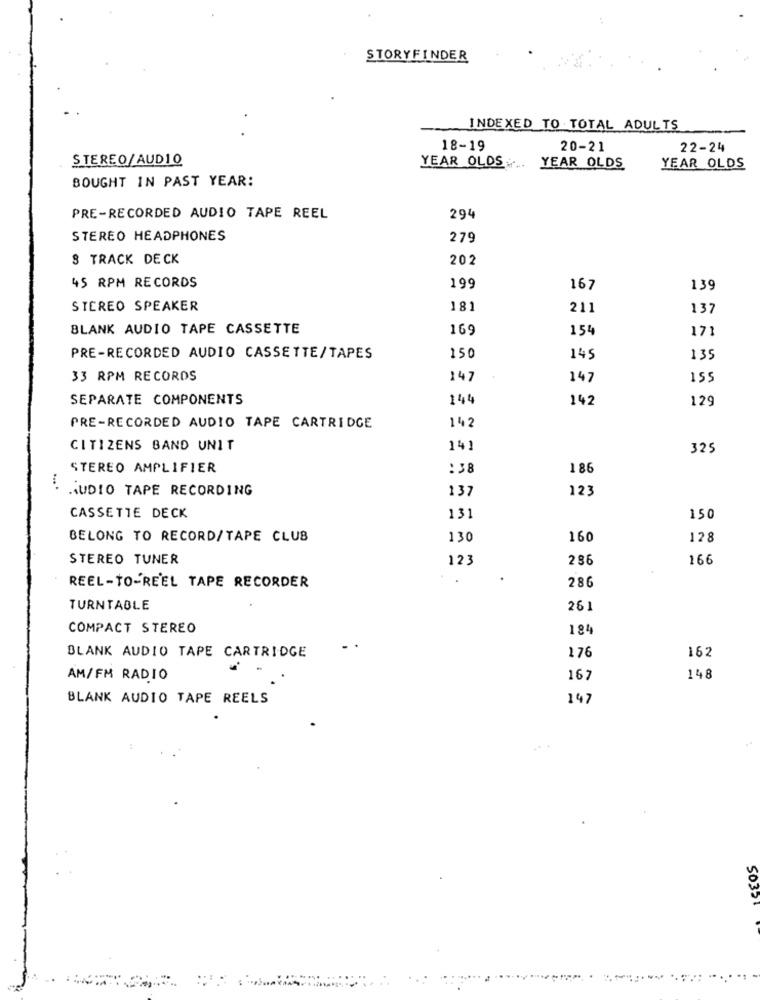
STORYFINDER
INDEXED TO TOTAL ADULTS
18-19
20-21
22-24
STEREO/AUDIO
YEAR OLDS
YEAR OLDS
YEAR OLDS
BOUGHT IN PAST YEAR:
PRE-RECORDED AUDIO TAPE REEL
294
STEREO HEADPHONES
279
S TRACK DECK
202
45 RPM RECORDS
199
167
139
STEREO SPEAKER
181
211
137
BLANK AUDIO TAPE CASSETTE
169
154
171
PRE-RECORDED AUDIO CASSETTE/TAPES
150
145
135
33 RPM RECORDS
147
147
155
SEPARATE COMPONENTS
144
142
129
142
PRE-RECORDED AUDIO TAPE CARTRIDGE
CITIZENS BAND UNIT
141
325
STEREO AMPLIFIER
:38
186
AUDIO TAPE RECORDING
137
123
CASSETTE DECK
131
150
BELONG TO RECORD/TAPE CLUB
130
160
128
STEREO TUNER
123
286
166
280
REEL-TO-REEL TAPE RECORDER
TURNTABLE
26]
COMPACT STEREO
184
162
BLANK AUDIO TAPE CARTRIDGE
176
AM/FM RADIO
167
148
BLANK AUDIO TAPE REELS
147
50321